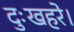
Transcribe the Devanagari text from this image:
दुःखहरे।